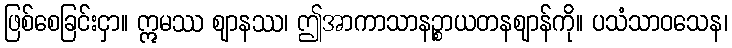
ဖြစ်စေခြင်းငှာ။ ဣမဿ ဈာနဿ၊ ဤအာကာသာနဉ္စာယတနဈာန်ကို။ ပသံသာဝသေန၊